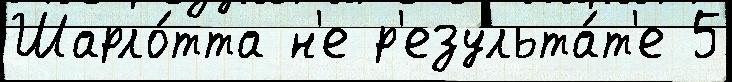
Шарло́тта н'е р'езульта́т'е 5